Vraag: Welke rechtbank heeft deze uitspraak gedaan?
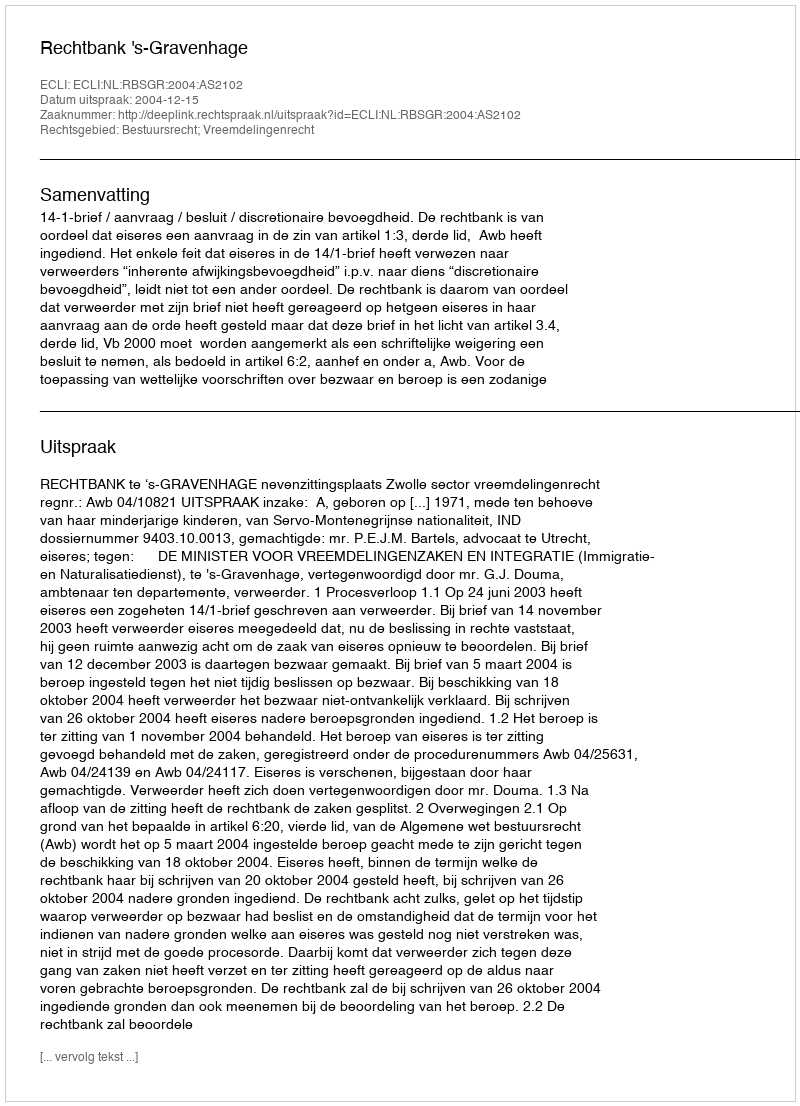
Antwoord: Rechtbank 's-Gravenhage